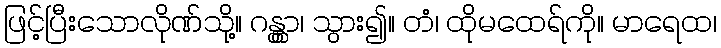
ဖြင့်ပြီးသောလိုဏ်သို့။ ဂန္တွာ၊ သွား၍။ တံ၊ ထိုမထေရ်ကို။ မာရေထ၊